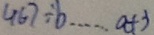
4 6 7 \div b \cdots a + 3